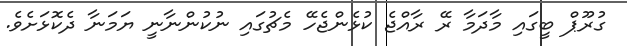
ގުރޫޕް ބީގައި މާދަމާ ރޭ ރާއްޖެ ކުޅެންޖެހޭ މެޗުގައި ނުކުންނާނީ ޔަމަނާ ދެކޮޅަށެވެ.